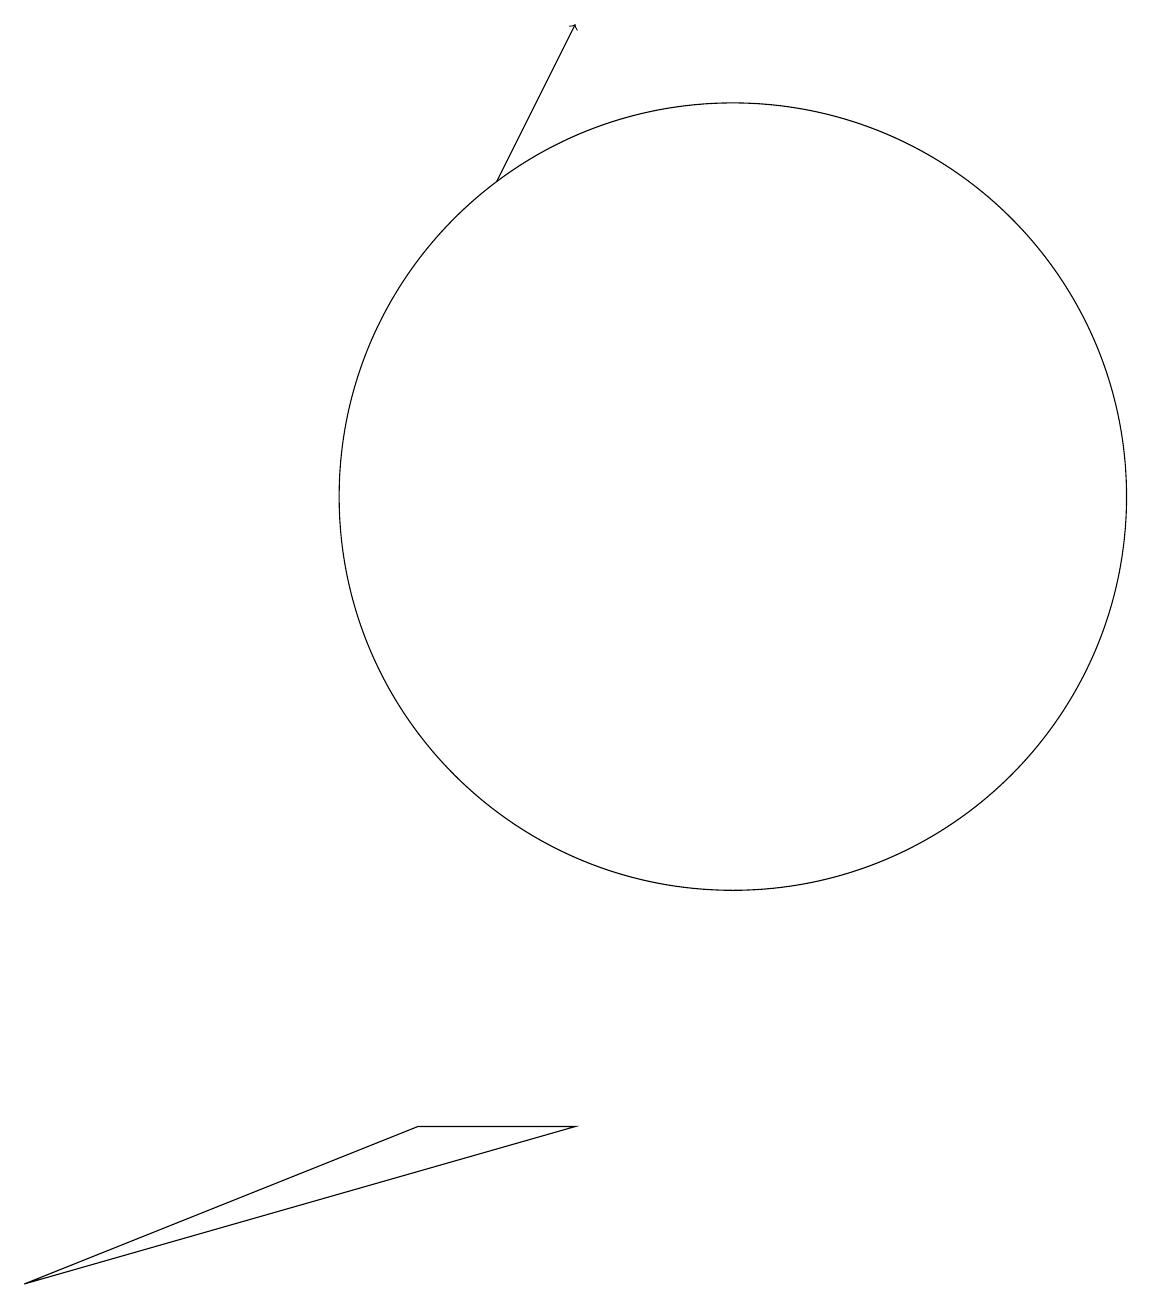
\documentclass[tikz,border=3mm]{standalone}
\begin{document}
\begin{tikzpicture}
\draw (10,12) circle (5);
\draw (6,4) -- (1,2) -- (8,4) -- cycle;
\draw[->] (7,16) -- (8,18);
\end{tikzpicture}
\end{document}